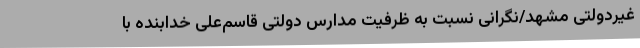
غیردولتی مشهد/نگرانی نسبت به ظرفیت مدارس دولتی قاسم‌علی خدابنده با